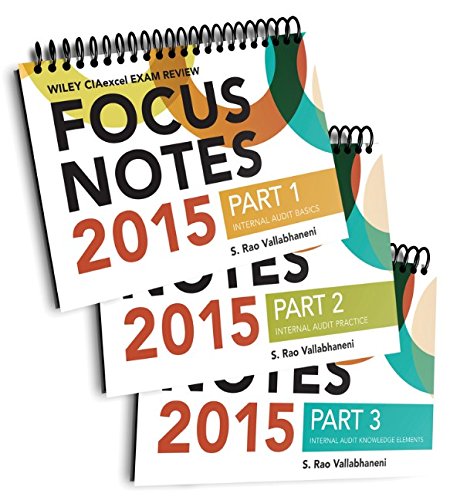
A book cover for Wiley CIAexcel Exam Review 2015 Focus Notes: Complete Set (Wiley CIA Exam Review Series); S. Rao Vallabhaneni; Business & Money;